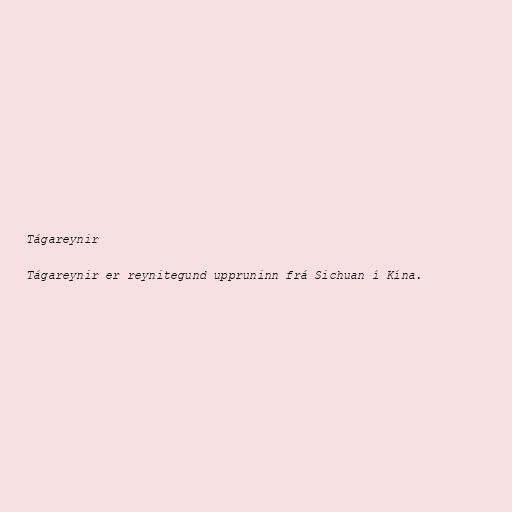
Tágareynir

Tágareynir er reynitegund uppruninn frá Sichuan í Kína.